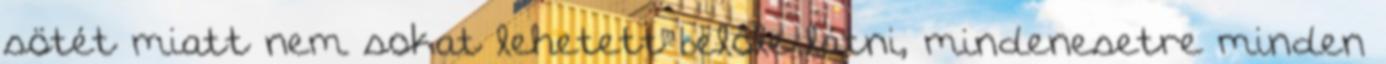
sötét miatt nem sokat lehetett belőle látni, mindenesetre minden